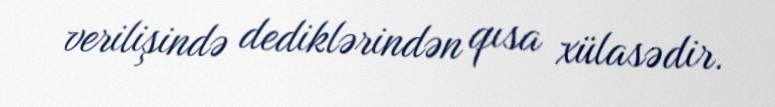
verilişində dediklərindən qısa xülasədir.